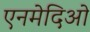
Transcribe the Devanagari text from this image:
एनमेदिओ